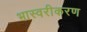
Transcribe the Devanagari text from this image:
भास्वरीकरण